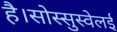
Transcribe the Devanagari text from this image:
है।सोस्सुस्वेलई